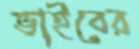
ভাইবের